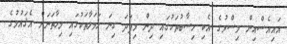
އައިއެސްއިން މިސްރުގެ އެކި ހިސާބުތަކުގައި ދިން މިފަދަ ގިނަ ހަމަލާތަކުގައި މިހާތަނަށް އެޤައުމުގެ